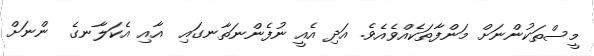
މީސްތަކުންނަށް މަންފާތަކެއްވެއެވެ. އަދި އެއީ ނުފެންނަތާނގައި  އާއި އެކަލާނގެ  ންނަށް